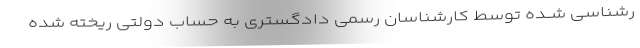
رشناسی شــده توسط کارشناسان رسمی دادگستری به حساب دولتی ریخته شده